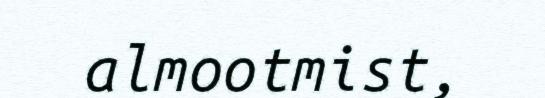
almootmist,